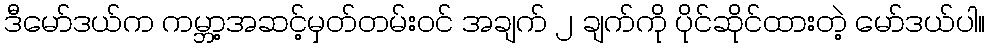
ဒီမော်ဒယ်က ကမ္ဘာ့အဆင့်မှတ်တမ်းဝင် အချက် ၂ ချက်ကို ပိုင်ဆိုင်ထားတဲ့ မော်ဒယ်ပါ။